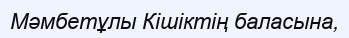
Мәмбетұлы Кішіктің баласына,